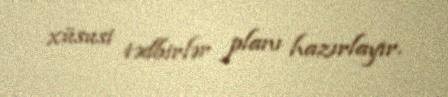
xüsusi tədbirlər planı hazırlayır.